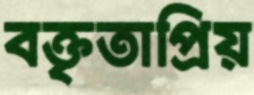
বক্তৃতাপ্রিয়